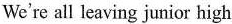
We're all leaving junior high